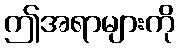
ဤအရာများကို